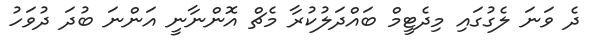
ދެ ވަނަ ލެގުގައި މިދެޓީމް ބައްދަލުކުރާ މެޗް އޮންނާނީ އަންނަ ބުދަ ދުވަހު